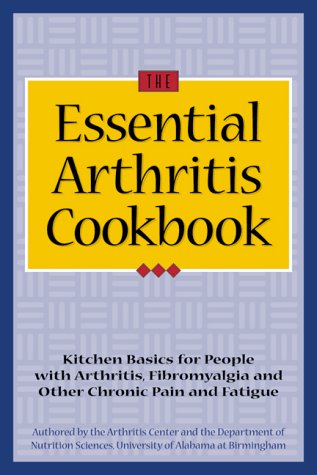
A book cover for The Essential Arthritis Cookbook : Kitchen Basics for People With Arthritis, Fibromyalgia and Other Chronic Pain and Fatigue; University of Alabama at Birmingham; Health, Fitness & Dieting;